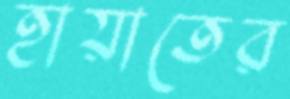
হায়াতের